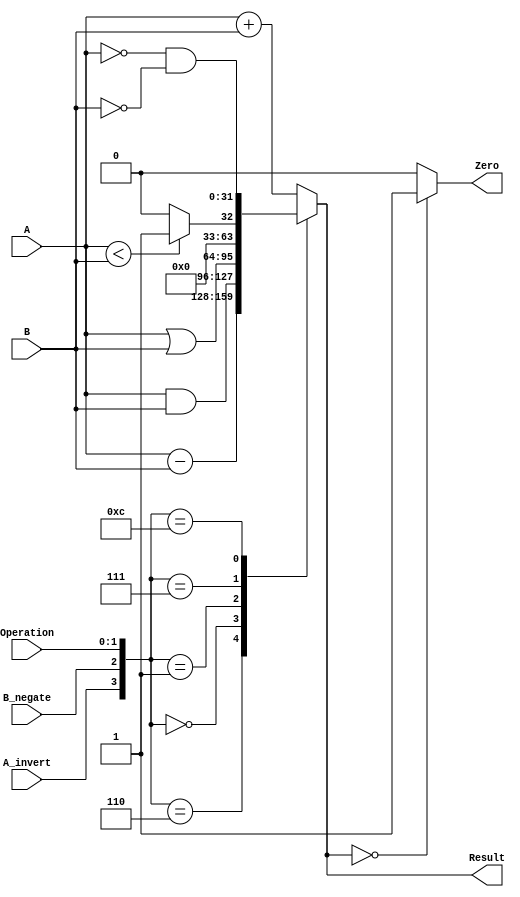
/*______________________________
         32-bit ALU
  ______________________________*/
  
  `timescale 1ns / 1ps

module ALU (
	
	output reg [31:0] Result, 
	output Zero,
	input [31:0] A, 
	input [31:0] B, 
	input A_invert, 
	input B_negate,			//Bnegate -> B_invert and Carry_In shorted together
	input [1:0] Operation
	
	);
	
	always @(*) begin
	
		case ({{A_invert, B_negate}, Operation})
		
			4'b0010: Result = A + B;		// ADD
			4'b0110: Result = A - B;		// SUBTRACT
			4'b0000: Result = A & B;		// AND
			4'b0001: Result = A | B;		// OR
			
			4'b0111: begin						// SLT
				if (A < B)
					Result = 32'd1;
				else
					Result = 32'd0;
			end
			
			4'b1100: Result = (~A) & (~B);	//NOR			
			
			default: Result = A + B;
			
		endcase
	
		$strobe ($time, ", A = %0d, B = %0d, Result = %0d", A, B, Result);
		
	end
	
	
	assign Zero = (Result == 0) ? 1: 0;
	
endmodule